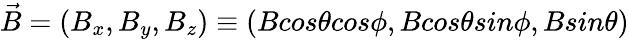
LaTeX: \vec{B}=(B_{x},B_{y},B_{z})\equiv(Bcos\theta cos\phi,Bcos\theta sin\phi,Bsin\theta)